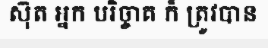
ស៊ុត អ្នក បរិច្ចាគ ក៏ ត្រូវបាន